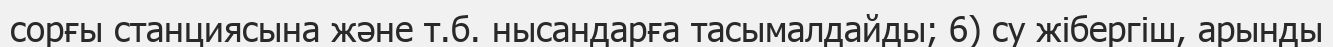
сорғы станциясына және т.б. нысандарға тасымалдайды; 6) су жібергіш, арынды